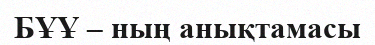
БҰҰ – ның анықтамасы